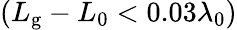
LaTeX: (L_{\mathrm{g}}-L_{0}<0.03\lambda_{0})